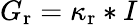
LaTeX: G_{\mathrm{r}}=\kappa_{\mathrm{r}}*I